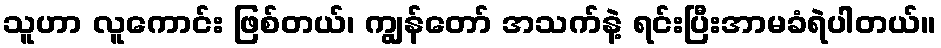
သူဟာ လူကောင်း ဖြစ်တယ်၊ ကျွန်တော် အသက်နဲ့ ရင်းပြီးအာမခံရဲပါတယ်။